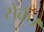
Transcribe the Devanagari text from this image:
सेंके।